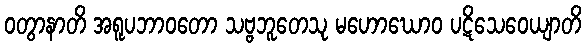
ဝတွာနာတိ အရူပဘာဝတော သဗ္ဗဘူတေသု မဟောဃောဝ ပဋိသေဝေယျာတိ